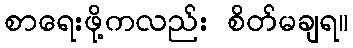
စာရေးဖို့ကလည်း စိတ်မချရ။